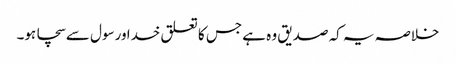
خلاصہ یہ کہ صدیق وہ ہے جس کا تعلق خدا ورسول سےسچا ہو۔